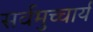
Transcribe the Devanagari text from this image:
सर्वमुच्चार्य